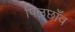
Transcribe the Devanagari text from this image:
पिलछाँव